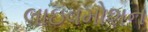
લાઇવમોશન